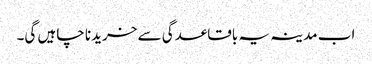
اب مدینہ یہ باقاعدگی سے خریدنا چاہیں گی۔